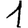
Digit: 1